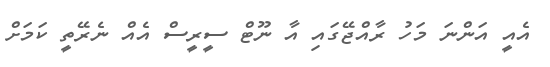
އެއީ އަންނަ މަހު ރާއްޖޭގައި އާ ނޫޓް ސީރީސް އެއް ނެރޭތީ ކަަމަށް